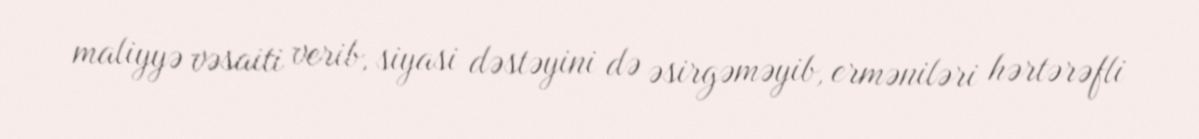
maliyyə vəsaiti verib, siyasi dəstəyini də əsirgəməyib, erməniləri hərtərəfli